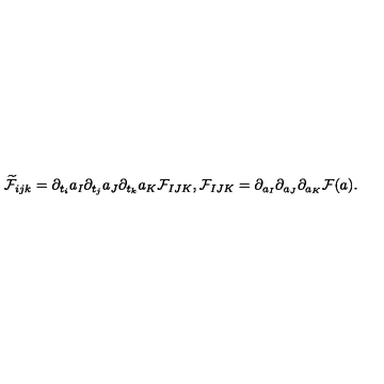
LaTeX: \widetilde { \cal F } _ { i j k } = \partial _ { t _ { i } } a _ { I } \partial _ { t _ { j } } a _ { J } \partial _ { t _ { k } } a _ { K } { \cal F } _ { I J K } , { \cal F } _ { I J K } = \partial _ { a _ { I } } \partial _ { a _ { J } } \partial _ { a _ { K } } { \cal F } ( a ) .